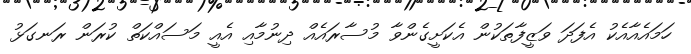
ހަމައެއާއެކު އެފަދަ ވަޒީފާތަކުން އެކަށީގެންވާ މުސާރައެއް ދިނުމާއި އެއީ މަސައްކަތް ކުރަން ރަނގަޅު